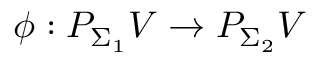
\phi : P _ { \Sigma _ { 1 } } V \to P _ { \Sigma _ { 2 } } V